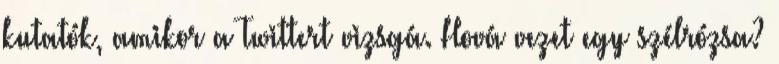
kutatók, amikor a Twittert vizsgá. Hová vezet egy szélrózsa?